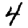
Digit: 4